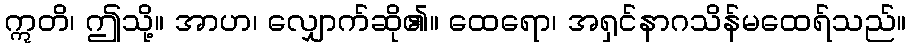
ဣတိ၊ ဤသို့။ အာဟ၊ လျှောက်ဆို၏။ ထေရော၊ အရှင်နာဂသိန်မထေရ်သည်။